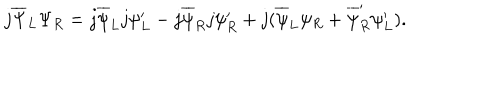
j \overline { { { \Psi } } } _ { L } \Psi _ { R } = j \overline { { { \psi } } } _ { L } j \psi _ { L } ^ { \prime } - j \overline { { { \psi } } } _ { R } j \psi _ { R } ^ { \prime } + j ( \overline { { { \psi } } } _ { L } \psi _ { R } + \overline { { { \psi } } } _ { R } ^ { \prime } \psi _ { L } ^ { \prime } ) .